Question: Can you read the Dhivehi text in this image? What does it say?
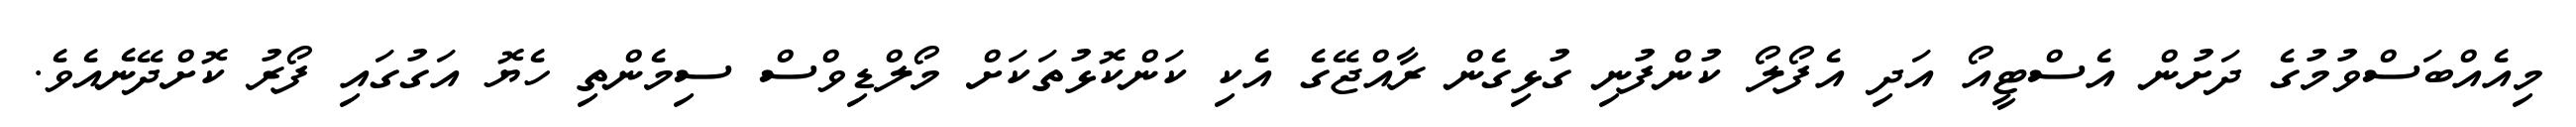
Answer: މިއެއްބަސްވުމުގެ ދަށުން އެސްޓީއޯ އަދި އެފޯލޯ ކުންފުނި ގުޅިގެން ރާއްޖޭގެ އެކި ކަންކޮޅުތަކަށް މޯލްޑިވްސް ސިމެންތި ހެޔޮ އަގުގައި ފޯރު ކޮށްދޭނެއެވެ.